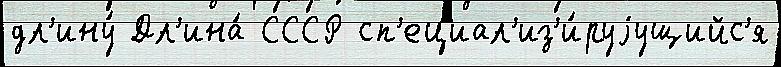
дл'ину́ Дл'ина́ СССР сп'ециал'из'и́руjущийс'я